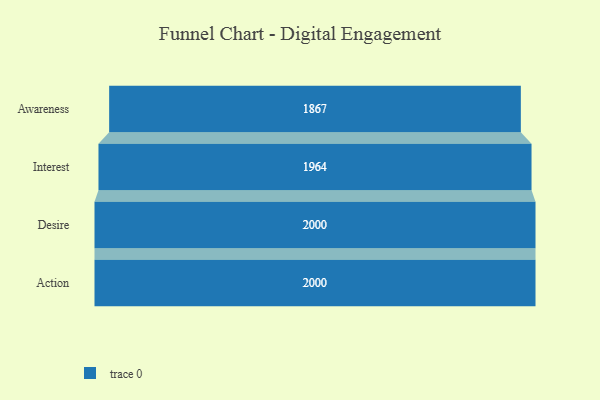
{"axis": {"x": "Stage", "y": "Value"}, "legend": [""], "data": [{"x": "Awareness", "y": 1867.0, "type": ""}, {"x": "Interest", "y": 1964.0, "type": ""}, {"x": "Desire", "y": 2000, "type": ""}, {"x": "Action", "y": 2000, "type": ""}]}